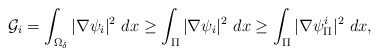
\begin{align*}\mathcal{G}_i=\int_{\Omega_\delta}|\nabla \psi_i|^2~dx\geq \int_{\Pi}|\nabla \psi_i|^2~dx \geq \int_{\Pi}|\nabla \psi^i_{\Pi}|^2~dx,\end{align*}